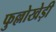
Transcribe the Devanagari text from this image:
फुल्लोखेड़ी